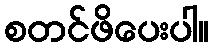
စတင်ဖိပေးပါ။